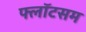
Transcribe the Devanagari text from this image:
फ्लॉटसम